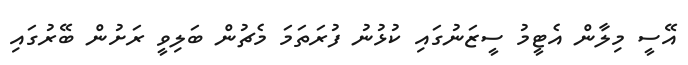
އޭސީ މިލާން އެޓީމު ސީޒަނުގައި ކުޅުނު ފުރަތަމަ މެޗުން ބަލިވީ ރަށުން ބޭރުގައި